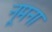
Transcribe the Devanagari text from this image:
नूमना